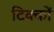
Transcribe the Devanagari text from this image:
टिक्कों